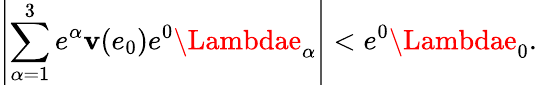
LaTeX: \left|\sum_{\alpha=1}^{3}e^{\alpha}\mathbf{v}(e_{0})e^{0}\Lambdae_{\alpha}\right|<e^{0}\Lambdae_{0}.